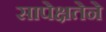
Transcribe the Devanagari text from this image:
सापेक्षतेने